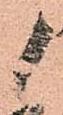
候